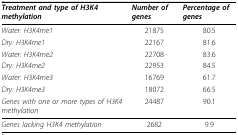
<table><thead><tr><td><b><i>Treatment and type of H3K4 methylation</i></b></td><td><b><i>Number of genes</i></b></td><td><b><i>Percentage of genes</i></b></td></tr></thead><tbody><tr><td><i>Water: H3K4me1</i></td><td>21875</td><td>80.5</td></tr><tr><td><i>Dry: H3K4me1</i></td><td>22167</td><td>81.6</td></tr><tr><td><i>Water: H3K4me2</i></td><td>22708</td><td>83.6</td></tr><tr><td><i>Dry: H3K4me2</i></td><td>22953</td><td>84.5</td></tr><tr><td><i>Water: H3K4me3</i></td><td>16769</td><td>61.7</td></tr><tr><td><i>Dry: H3K4me3</i></td><td>18072</td><td>66.5</td></tr><tr><td><i>Genes with one or more types of H3K4 methylation</i></td><td>24487</td><td>90.1</td></tr><tr><td><i>Genes lacking H3K4 methylation</i></td><td>2682</td><td>9.9</td></tr></tbody></table>